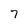
Character: 7